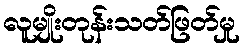
လူမျိုးတုန်းသတ်ဖြတ်မှု